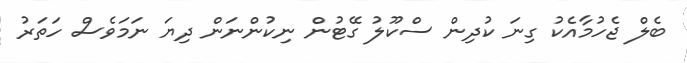
ބެލް ޖެހުމާއެކު ގިނަ ކުދިން ސްކޫލު ގޭޓުން ނިކުންނަން ދިޔަ ނަމަވެސް ހަތަރު